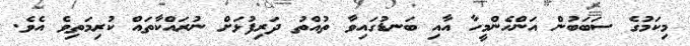
މިކަމުގެ ސަބަބުން އަންހެންމީހާ އާއި ބަނޑުގައިވާ ތުއްތު ދަރިފުޅަށް ނުރައްކާތައް ކުރިމަތިވެ އެވެ.